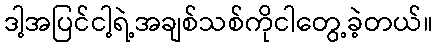
ဒါ့အပြင်ငါ့ရဲ့အချစ်သစ်ကိုငါတွေ့ခဲ့တယ်။